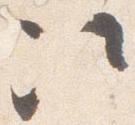
次